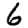
Digit: 6